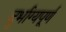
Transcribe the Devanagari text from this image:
दुर्भाग्यपू्‌र्ण